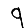
Digit: 9